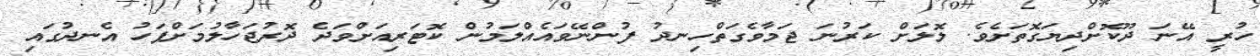
ހުރީ އޭނަ ދޫކޮށްދިޔަގޮތަށެވެ. ލޮލަށް ކަރުނަ ޖަމާވެގަތްހިނދު ފުންނޭވައެއްލަމުން ކޮޓަރިއަށްވަދެ ދޮރުޖަހާލުމަށްފަހު އެނދުގައި